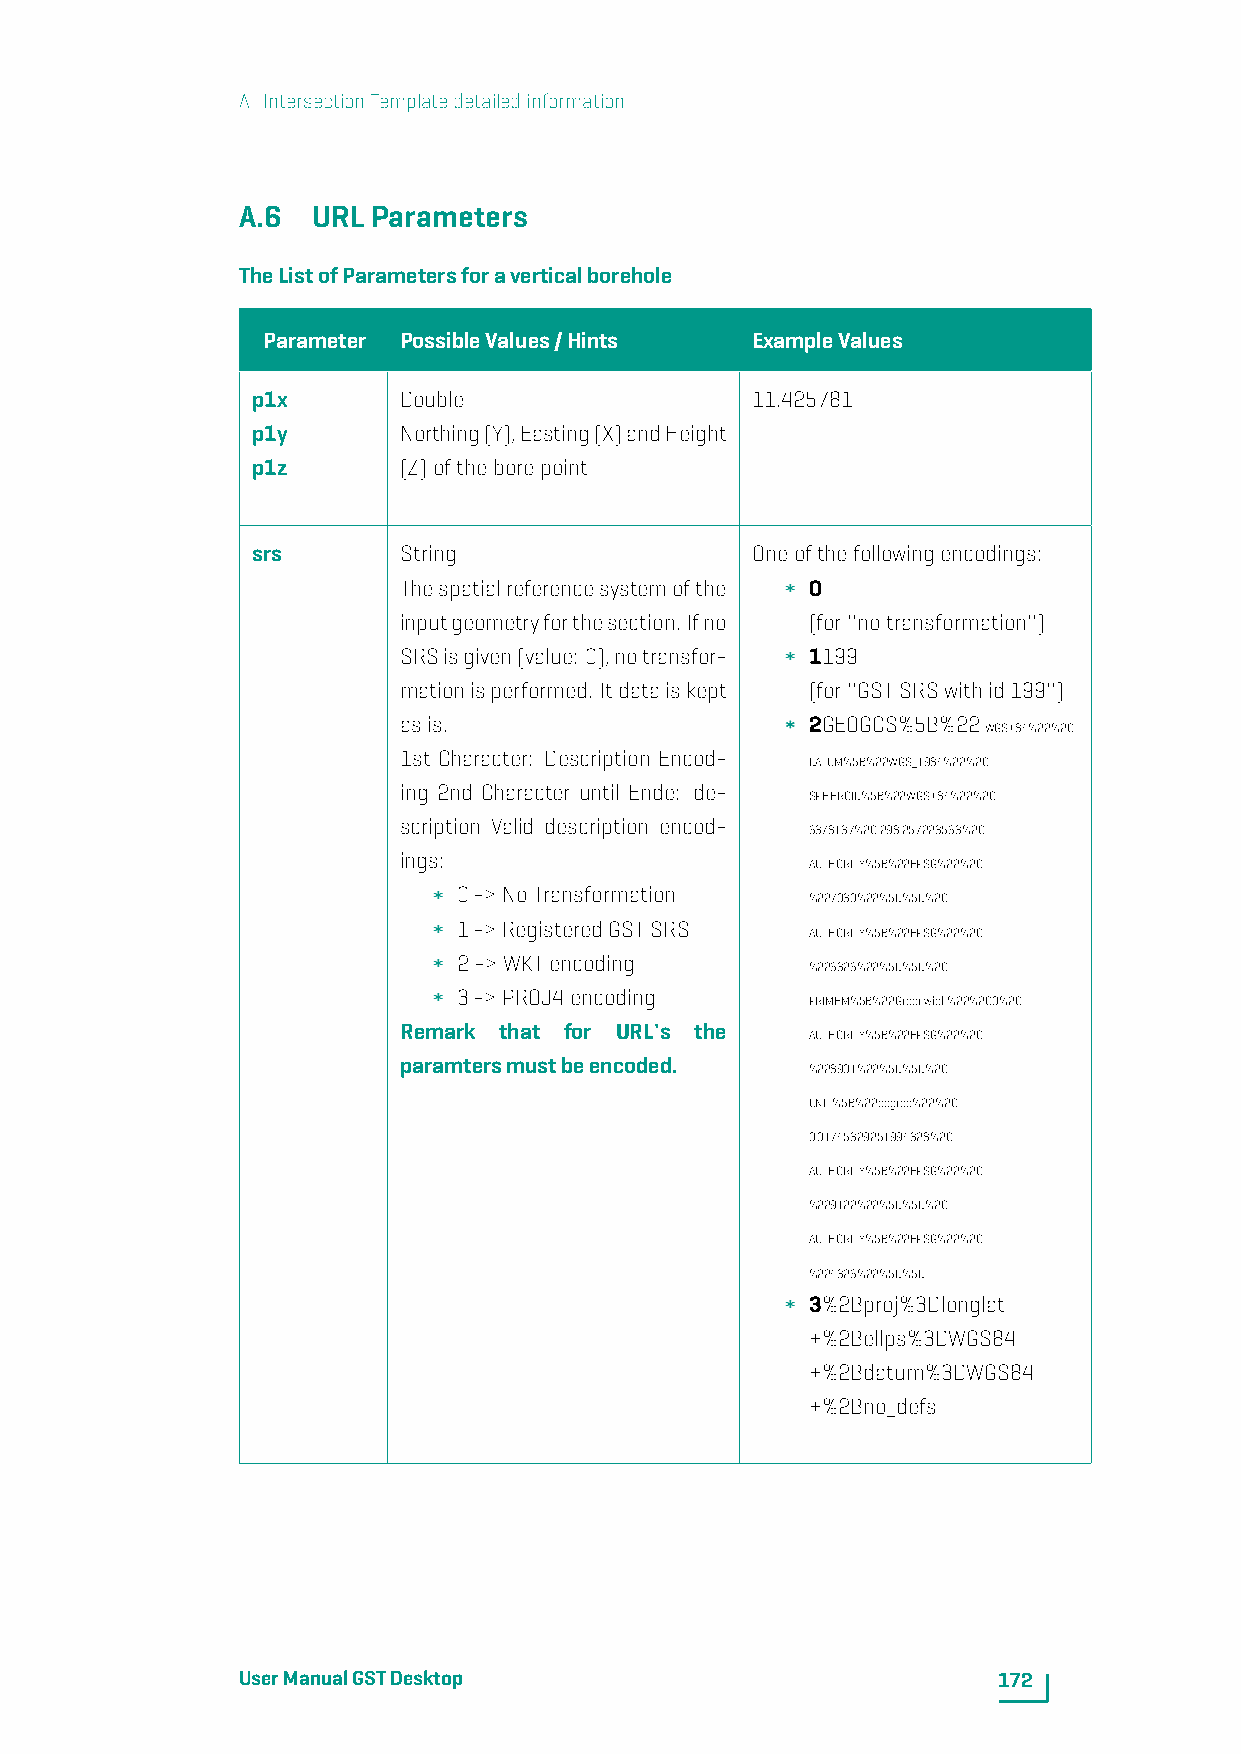
A. IntersectionTemplatedetailedinformation
 A.6  URLParameters
 TheListofParametersforaverticalborehole
 Parameter PossibleValues/Hints   ExampleValues
 p1x      Double                  11.425781
 p1y      Northing(Y),Easting(X)andHeight
 p1z      (Z)oftheborepoint
 srs      String                  Oneofthefollowingencodings:
 Thespatialreferencesystemofthe 0
 inputgeometryforthesection. Ifno (for''notransformation'')
 SRSisgiven(value: 0),notransfor- 1199
 mationisperformed. Itdataiskept (for''GSTSRSwithid199'')
 asis.                       2GEOGCS%5B%22
 WGS+84%22%2C
 1st Character: Description Encod-
 DATUM%5B%22WGS_1984%22%2C
 ing 2nd Character until Ende: de-
 SPHEROID%5B%22WGS+84%22%2C
 scription Valid description encod-
 6378137%2C298.257223563%2C
 ings:
 AUTHORITY%5B%22EPSG%22%2C
 0->NoTransformation
 %227030%22%5D%5D%2C
 1->RegisteredGSTSRS
 AUTHORITY%5B%22EPSG%22%2C
 2->WKTencoding
 %226326%22%5D%5D%2C
 3->PROJ4encoding
 PRIMEM%5B%22Greenwich%22%2C0%2C
 Remark that for URL's the
 AUTHORITY%5B%22EPSG%22%2C
 paramtersmustbeencoded.
 %228901%22%5D%5D%2C
 UNIT%5B%22degree%22%2C
 0.01745329251994328%2C
 AUTHORITY%5B%22EPSG%22%2C
 %229122%22%5D%5D%2C
 AUTHORITY%5B%22EPSG%22%2C
 %224326%22%5D%5D
 3%2Bproj%3Dlonglat
 +%2Bellps%3DWGS84
 +%2Bdatum%3DWGS84
 +%2Bno_defs
 UserManualGSTDesktop                              172